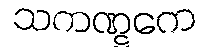
သကဏ္ဋကေ